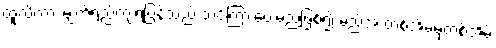
ထူလိကား မျက်ရည်ကျရပြန်သည် သင်ကြားပေးမည်ဖြစ်၍ မည်အ တစ်အိမ်မှတစ်အိမ်